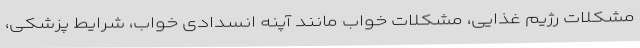
مشکلات رژیم غذایی، مشکلات خواب مانند آپنه انسدادی خواب، شرایط پزشکی،